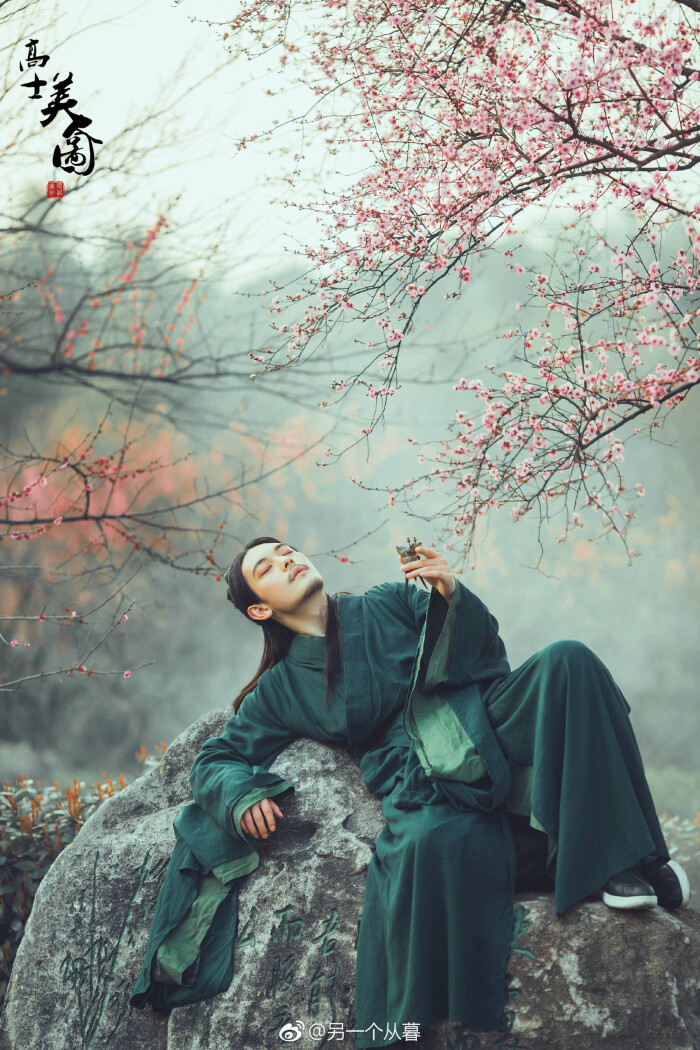
雪满山中高士卧，月明林下美人来。